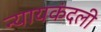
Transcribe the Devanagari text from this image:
न्यायकंदली